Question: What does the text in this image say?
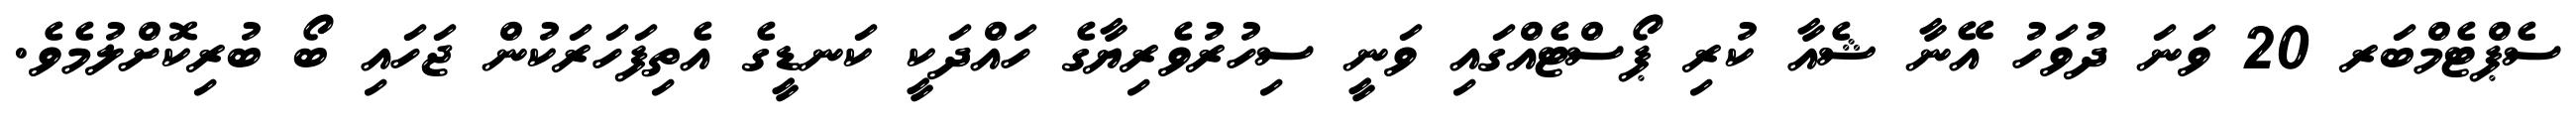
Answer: ސެޕްޓެމްބަރ 20 ވަނަ ދުވަހު އޭނާ ޝެއާ ކުރި ޕޯސްޓެއްގައި ވަނީ ސިހުރުވެރިޔާގެ ހައްދަކީ ކަނޑީގެ އެތިފަހަރަކުން ޖަހައި ބޯ ބުރިކޮށްލުމެވެ.